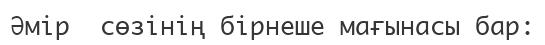
Әмір  сөзінің бірнеше мағынасы бар: